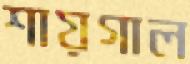
শায়গাল